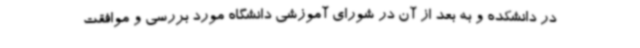
در دانشکده و به بعد از آن در شورای آموزشی دانشگاه مورد بررسی و موافقت